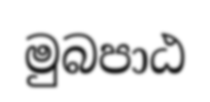
මුබපාඨ